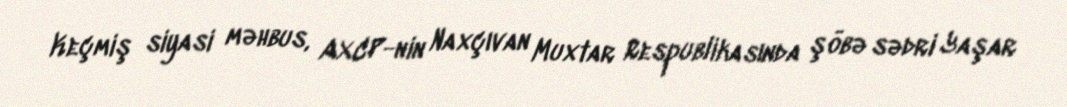
Keçmiş siyasi məhbus, AXCP-nin Naxçıvan Muxtar Respublikasında şöbə sədri Yaşar